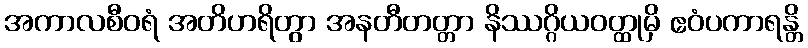
အကာလစီဝရံ အတိဟရိတွာ အနတီတတ္တာ နိဿဂ္ဂိယဝတ္ထုမှိ ဧဝံပကာရန္တိ